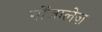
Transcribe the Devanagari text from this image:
गोंजालेज़